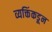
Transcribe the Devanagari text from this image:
व्यक्तिंकडून